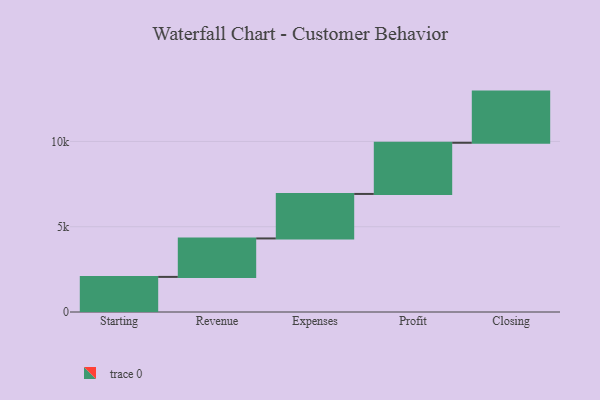
{"axis": {"x": "Step", "y": "Value"}, "legend": [""], "data": [{"x": "Starting", "y": 2058.0, "type": ""}, {"x": "Revenue", "y": 2255.0, "type": ""}, {"x": "Expenses", "y": 2609.0, "type": ""}, {"x": "Profit", "y": 3000, "type": ""}, {"x": "Closing", "y": 3000, "type": ""}]}